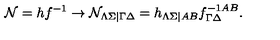
{ \cal N } = h f ^ { - 1 } \rightarrow { \cal N } _ { \Lambda \Sigma | \Gamma \Delta } = h _ { \Lambda \Sigma | A B } f _ { \Gamma \Delta } ^ { - 1 A B } .